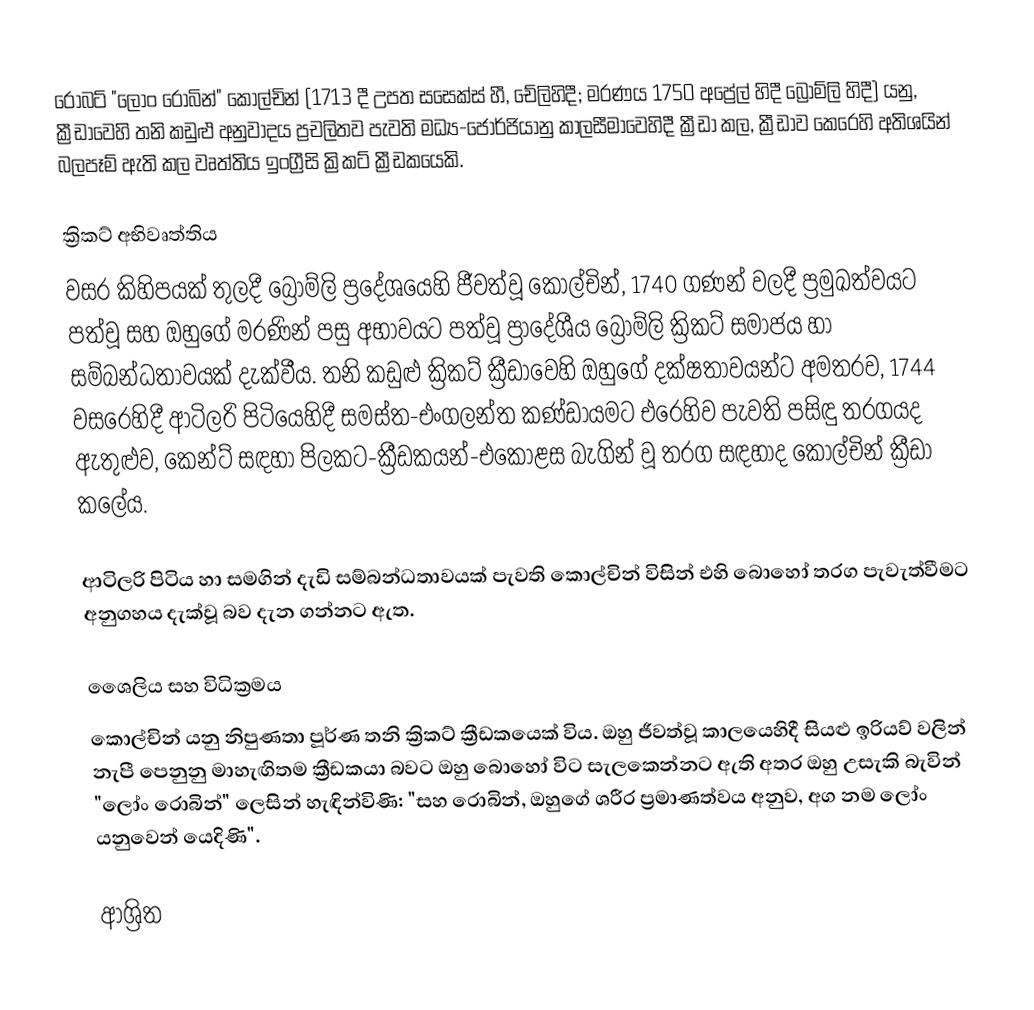
රොබට් "ලෝං රොබින්" කොල්චින් (1713 දී උපත  සසෙක්ස්  හී, චේලිහිදී; මරණය 1750 අප්‍රේල් හිදී  බ්‍රොම්ලි හිදී) යනු,  ක්‍රීඩාවෙහි  තනි කඩුළු අනුවාදය ප්‍රචලිතව පැවති මධ්‍ය-ජෝර්ජියානු කාලසීමාවෙහිදී ක්‍රීඩා කල,  ක්‍රීඩාව කෙරෙහි අතිශයින් බලපෑම් ඇති කල වෘත්තිය ඉංග්‍රීසි  ක්‍රිකට් ක්‍රීඩකයෙකි.

ක්‍රිකට් අභිවෘත්තිය
වසර කිහිපයක් තුලදී බ්‍රොම්ලි ප්‍රදේශයෙහි ජීවත්වූ කොල්චින්, 1740 ගණන් වලදී ප්‍රමුඛත්වයට පත්වූ සහ ඔහුගේ මරණින් පසු අභාවයට පත්වූ ප්‍රාදේශීය බ්‍රොම්ලි ක්‍රිකට් සමාජය හා සම්බන්ධතාවයක් දැක්වීය.  තනි කඩුළු ක්‍රිකට් ක්‍රීඩාවෙහි ඔහුගේ දක්ෂතාවයන්ට අමතරව, 1744 වසරෙහිදී  ආටිලරි පිටියෙහිදී  සමස්ත-එංගලන්ත කණ්ඩායමට එරෙහිව පැවති පසිඳු තරගයද ඇතුළුව, කෙන්ට්   සඳහා පිලකට-ක්‍රීඩකයන්-එකොළස බැගින් වූ තරග සඳහාද කොල්චින් ක්‍රීඩා කලේය.

ආටිලරි පිටිය හා සමගින් දැඩි සම්බන්ධතාවයක් පැවති කොල්චින් විසින් එහි බොහෝ තරග පැවැත්වීමට අනුගහය දැක්වූ බව දැන ගන්නට ඇත.

ශෛලිය සහ විධික්‍රමය
කොල්චින් යනු නිපුණතා පූර්ණ තනි ක්‍රිකට් ක්‍රීඩකයෙක් විය.  ඔහු ජීවත්වූ කාලයෙහිදී සියළු ඉරියව් වලින් නැපී පෙනුනු මාහැඟිතම ක්‍රීඩකයා බවට ඔහු බොහෝ විට සැලකෙන්නට ඇති අතර ඔහු උසැකි බැවින් "ලෝං රොබින්" ලෙසින් හැඳින්විණි: "සහ රොබින්, ඔහුගේ ශරීර ප්‍රමාණත්වය අනුව, අග නම ලෝං යනුවෙන් යෙදිණි".

ආශ්‍රිත